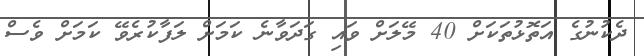
ދެކުނުގެ އަތޮޅުތަކަށް 40 މޭލަށް ވައި ގަދަވާނެ ކަމަށް ލަފާކުރެވޭ ކަމަށް ވެސް